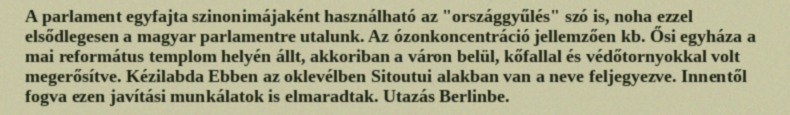
A parlament egyfajta szinonimájaként használható az "országgyűlés" szó is, noha ezzel elsődlegesen a magyar parlamentre utalunk. Az ózonkoncentráció jellemzően kb. Ősi egyháza a mai református templom helyén állt, akkoriban a váron belül, kőfallal és védőtornyokkal volt megerősítve. Kézilabda Ebben az oklevélben Sitoutui alakban van a neve feljegyezve. Innentől fogva ezen javítási munkálatok is elmaradtak. Utazás Berlinbe.